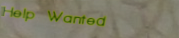
Help Wanted